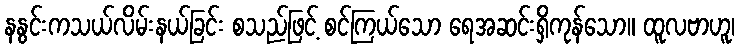
နနွင်းကသယ်လိမ်းနယ်ခြင်း စသည်ဖြင့် စင်ကြယ်သော ရေအဆင်းရှိကုန်သော။ ထူလဗာဟူ၊